Problem: 30 + 48 = ?
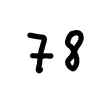
Handwritten answer: 78